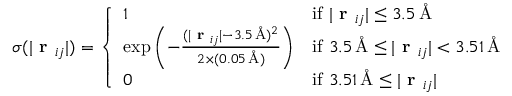
\sigma ( | \textbf { r } _ { i j } | ) = \left\{ \begin{array} { l l } { 1 } & { \mathrm { i f ~ } | \textbf { r } _ { i j } | \leq 3 . 5 \, \mathrm { \AA } } \\ { \exp \left( - \frac { ( | \textbf { r } _ { i j } | - 3 . 5 \, \mathrm { \AA } ) ^ { 2 } } { 2 \times ( 0 . 0 5 \, \mathrm { \AA } ) } \right) } & { \mathrm { i f ~ } 3 . 5 \, \mathrm { \AA } \leq | \textbf { r } _ { i j } | < 3 . 5 1 \, \mathrm { \AA } } \\ { 0 } & { \mathrm { i f ~ } 3 . 5 1 \, \mathrm { \AA } \leq | \textbf { r } _ { i j } | } \end{array} \right.